Annual administration report of the Civil Veterinary Department of India - 1905-1906
Year: 1905
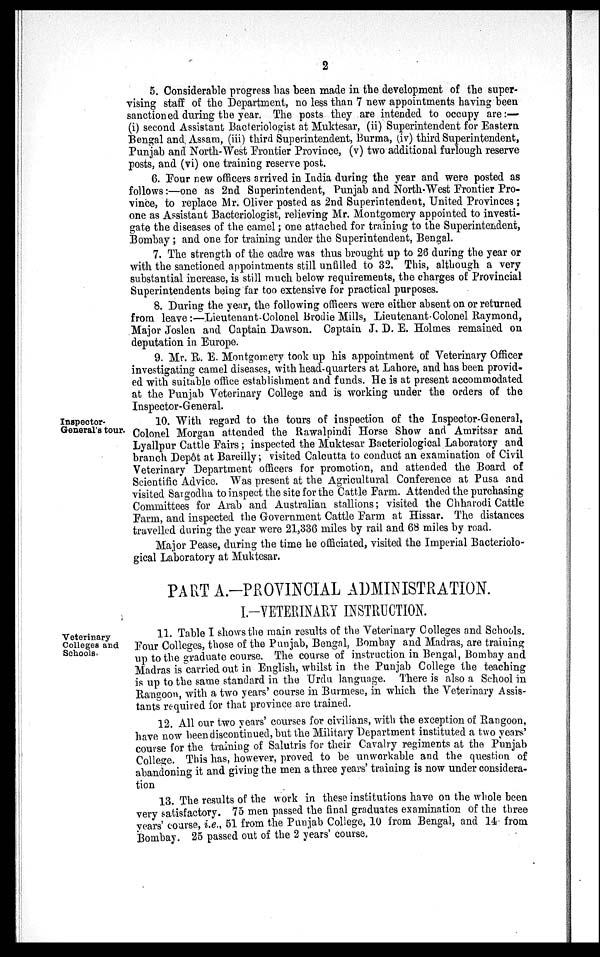
2
5. Considerable progress has been made in the development of the super-
vising staff of the Department, no less than 7 new appointments having been
sanctioned during the year. The posts they are intended to occupy are :—
(i) second Assistant Bacteriologist at Muktesar, (ii) Superintendent for Eastern
Bengal and Assam, (iii) third Superintendent, Burma, (iv) third Superintendent,
Punjab and North-West Frontier Province, (v) two additional furlough reserve
posts, and (vi) one training reserve post.
6. Four new officers arrived in India during the year and were posted as
follows:—one as 2nd Superintendent, Punjab and North-West Frontier Pro-
vince, to replace Mr. Oliver posted as 2nd Superintendent, United Provinces ;
one as Assistant Bacteriologist, relieving Mr. Montgomery appointed to investi-
gate the diseases of the camel; one attached for training to the Superintendent,
Bombay ; and one for training under the Superintendent, Bengal.
7. The strength of the cadre was thus brought up to 26 during the year or
with the sanctioned appointments still unfilled to 32. This, although a very
substantial increase, is still much below requirements, the charges of Provincial
Superintendents being far too extensive for practical purposes.
8. During the year, the following officers were either absent on or returned
from leave:—Lieutenant-Colonel Brodie Mills, Lieutenant Colonel Raymond,
Major Joslen and Captain Dawson. Captain J. D. E. Holmes remained on
deputation in Europe.
9. Mr. R. E. Montgomery took up his appointment of Veterinary Officer
investigating camel diseases, with head-quarters at Lahore, and has been provid-
ed with suitable office establishment and funds. He is at present accommodated
at the Punjab Veterinary College and is working under the orders of the
Inspector-General.
Inspector-
General's tour.
10. With regard to the tours of inspection of the Inspector-General,
Colonel Morgan attended the Rawalpindi Horse Show and Amritsar and
Lyallpur Cattle Fairs ; inspected the Muktesar Bacteriological Laboratory and
branch Depôt at Bareilly ; visited Calcutta to conduct an examination of Civil
Veterinary Department officers for promotion, and attended the Board of
Scientific Advice. Was present at the Agricultural Conference at Pusa and
visited Sargodha to inspect the site for the Cattle Farm. Attended the purchasing
Committees for Arab and Australian stallions ; visited the Chharodi Cattle
Farm, and inspected the Government Cattle Farm at Hissar. The distances
travelled during the year were 21,336 miles by rail and 68 miles by road.
Major Pease, during the time he officiated, visited the Imperial Bacteriolo-
gical Laboratory at Muktesar.
PART A.-PROVINCIAL ADMINISTRATION.
I.-VETERINARY INSTRUCTION.
Veterinary
Colleges and
Schools.
11. Table I shows the main results of the Veterinary Colleges and Schools.
Four Colleges, those of the Punjab, Bengal, Bombay and Madras, are training
up to the graduate course. The course of instruction in Bengal, Bombay and
Madras is carried out in English, whilst in the Punjab College the teaching
is up to the same standard in the Urdu language. There is also a School in
Rangoon, with a two years' course in Burmese, in which the Veterinary Assis-
tants required for that province are trained.
12. All our two years' courses for civilians, with the exception of Rangoon,
have now been discontinued, but the Military Department instituted a two years'
course for the training of Salutris for their Cavalry regiments at the Punjab
College. This has, however, proved to be unworkable and the question of
abandoning it and giving the men a three years' training is now under considera-
tion
13. The results of the work in these institutions have on the whole been
very satisfactory. 75 men passed the final graduates examination of the three
years' course, i.e., 51 from the Punjab College, 10 from Bengal, and 14 from
Bombay. 25 passed out of the 2 years' course.